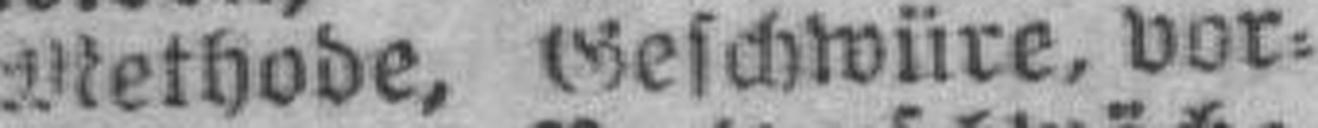
Methode, Geschwüre, vor¬